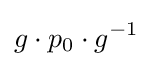
g\cdot p_{0}\cdot g^{-1}